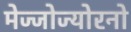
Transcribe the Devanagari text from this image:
मेज्जोज्योरनो